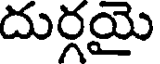
దుర్గయై